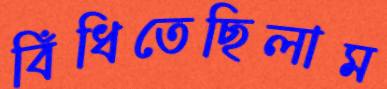
বিঁধিতেছিলাম